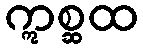
ဣစ္ဆထ